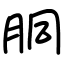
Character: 胴